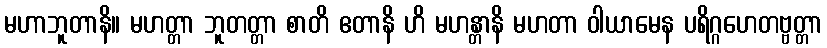
မဟာဘူတာနိ။ မဟတ္တာ ဘူတတ္တာ စာတိ ဧတာနိ ဟိ မဟန္တာနိ မဟတာ ဝါယာမေန ပရိဂ္ဂဟေတဗ္ဗတ္တာ